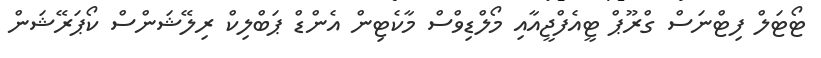
ޓޯޓަލް ފިޓްނަސް ގްރޫޕް ޓީއެފްޖީއާއި މޯލްޑިވްސް މާކެޓިން އެންޑް ޕަބްލިކް ރިލޭޝަންސް ކޯޕަރޭޝަން